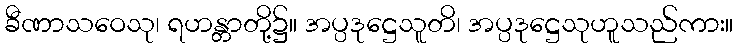
ခီဏာသဝေသု၊ ရဟန္တာတို့၌။ အပ္ပဒုဋ္ဌေသူတိ၊ အပ္ပဒုဋ္ဌေသုဟူသည်ကား။